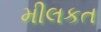
મીલકત